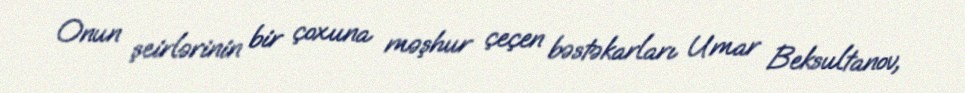
Onun şeirlərinin bir çoxuna məşhur çeçen bəstəkarları Umar Beksultanov,